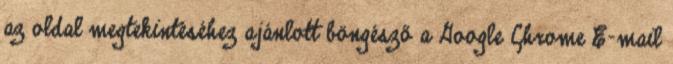
az oldal megtekintéséhez ajánlott böngésző a Google Chrome E-mail